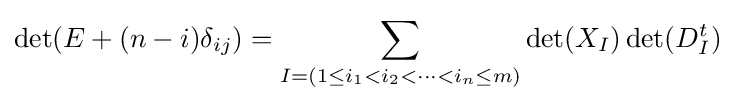
\det(E+(n-i)\delta _{ij})=\sum _{I=(1\leq i_{1}<i_{2}<\cdots <i_{n}\leq m)}\det(X_{I})\det(D_{I}^{t})